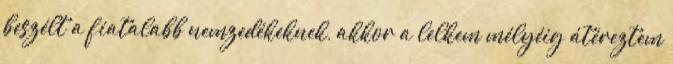
beszélt a fiatalabb nemzedékeknek, akkor a lelkem mélyéig átéreztem